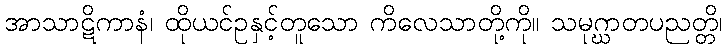
အာသာဋိကာနံ၊ ထိုယင်ဥနှင့်တူသော ကိလေသာတို့ကို။ သမုဂ္ဃာတပညတ္တိ၊